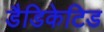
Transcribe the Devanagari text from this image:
डैडिकेटिड